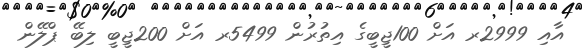
އާއި 2999ރ އަށް 100ޖީބީގެ އިތުރުން 5499ރ އަށް 200ޖީބީ ލިބޭ ޕްލޭން